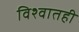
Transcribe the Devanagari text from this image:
विश्वातही